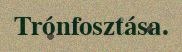
Trónfosztása.